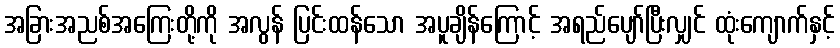
အခြားအညစ်အကြေးတို့ကို အလွန် ပြင်းထန်သော အပူချိန်ကြောင့် အရည်ပျော်ပြီးလျှင် ထုံးကျောက်နှင့်